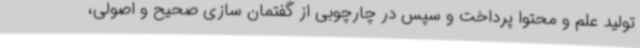
تولید علم و محتوا پرداخت و سپس در چارچوبی از گفتمان سازی صحیح و اصولی،